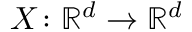
X \colon \ensuremath { \mathbb { R } ^ { d } } \to \ensuremath { \mathbb { R } ^ { d } }